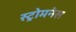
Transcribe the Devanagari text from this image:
स्ट्रोमनेस